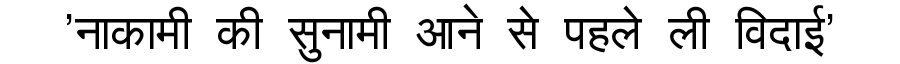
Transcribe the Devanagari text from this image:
'नाकामी की सुनामी आने से पहले ली विदाई'